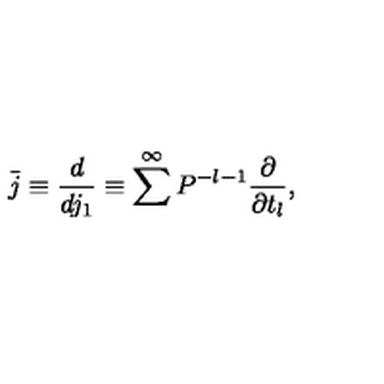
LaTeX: \bar { j } \equiv \frac { d } { d j _ { 1 } } \equiv \sum ^ { \infty } P ^ { - l - 1 } \frac { \partial } { \partial t _ { l } } ,